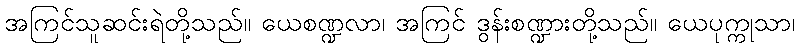
အကြင်သူဆင်းရဲတို့သည်။ ယေစဏ္ဍလာ၊ အကြင် ဒွန်းစဏ္ဍားတို့သည်။ ယေပုက္ကုသာ၊